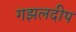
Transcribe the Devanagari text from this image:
गझलदीप